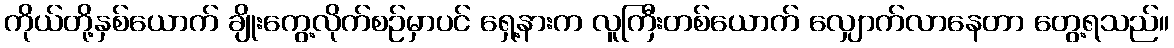
ကိုယ်တို့နှစ်ယောက် ချိုးကွေ့လိုက်စဉ်မှာပင် ရှေ့နားက လူကြီးတစ်ယောက် လျှောက်လာနေတာ တွေ့ရသည်။